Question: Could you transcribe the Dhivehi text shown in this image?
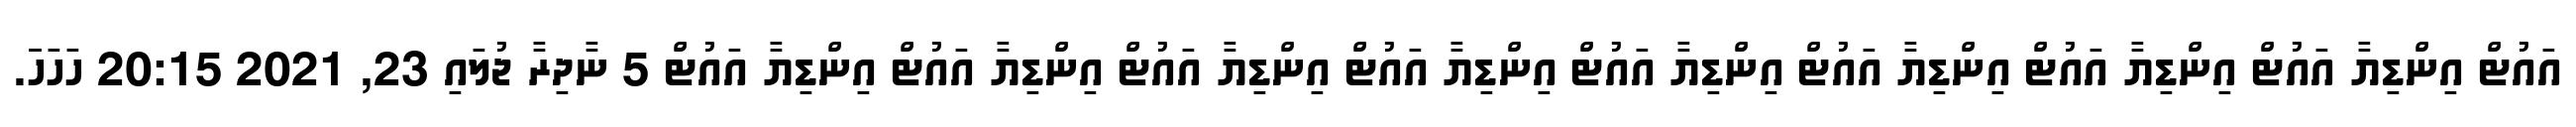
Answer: އައުޓް އިންޑިޔާ އައުޓް އިންޑިޔާ އައުޓް އިންޑިޔާ އައުޓް އިންޑިޔާ އައުޓް އިންޑިޔާ އައުޓް އިންޑިޔާ އައުޓް އިންޑިޔާ އައުޓް އިންޑިޔާ އައުޓް 5 ނާދިރާ ޖުލައި 23, 2021 20:15 ހަހަހަަަަަަަަަ.